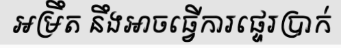
អម្រឹត នឹងអាចធ្វើការផ្ទេរប្រាក់